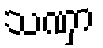
သဏှာ